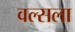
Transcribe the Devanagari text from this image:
वल्‍सला